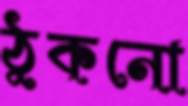
ঠুকনো